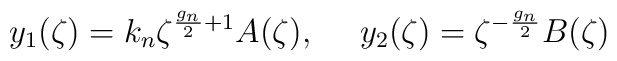
y_1(\zeta) = k_n \zeta^{\frac{g_n}{2}+1} A(\zeta),~~~~y_2(\zeta)=\zeta^{-\frac{g_n}{2}}  B(\zeta)